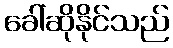
ခေါ်ဆိုနိုင်သည်